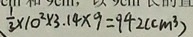
\frac { 1 } { 3 } \times 1 0 ^ { 2 } \times 3 . 1 4 \times 9 = 9 4 2 ( c m ^ { 3 } )